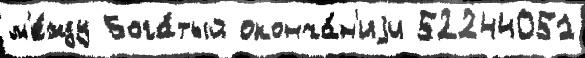
м'е́жду Бога́тый оконча́н'иjи 52244051